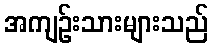
အကျဉ်းသားများသည်